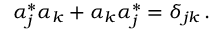
\alpha _ { j } ^ { \ast } \alpha _ { k } + \alpha _ { k } \alpha _ { j } ^ { \ast } = \delta _ { j k } \, .